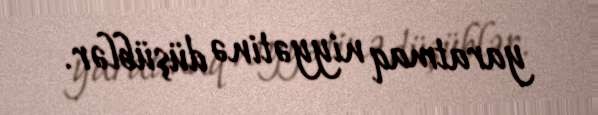
yaratmaq niyyətinə düşüblər.